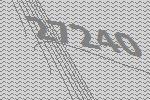
27240